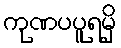
ကုဏပပူရမှိ